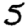
Digit: 5